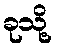
ခုသို့